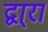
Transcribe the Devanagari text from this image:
द्वा्रा